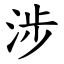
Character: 涉